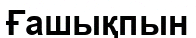
Ғашықпын